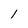
Character: 1